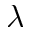
\lambda